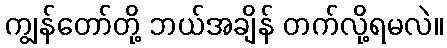
ကျွန်တော်တို့ ဘယ်အချိန် တက်လို့ရမလဲ။